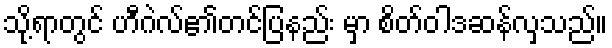
သို့ရာတွင် ဟီဂဲလ်၏တင်ပြနည်း မှာ စိတ်ဝါဒဆန်လှသည်။